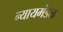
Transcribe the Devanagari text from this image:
न्यायमंडळ